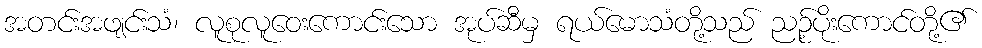
အတင်းအဖျင်းသံ၊ လူစုလူဝေးကောင်းသော အုပ်ဆီမှ ရယ်မောသံတို့သည် ညဉ့်ပိုးကောင်တို့၏